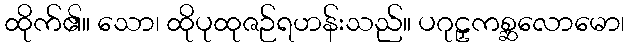
ထိုက်၏။ သော၊ ထိုပုထုဇဉ်ရဟန်းသည်။ ပဂုဠှကစ္ဆလောမော၊